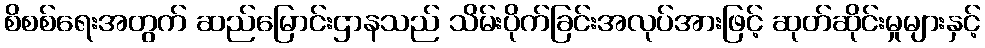
စိစစ်ရေးအတွက် ဆည်မြောင်းဌာနသည် သိမ်းပိုက်ခြင်းအလုပ်အားဖြင့် ဆုတ်ဆိုင်းမှုများနှင့်